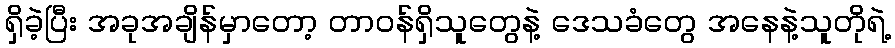
ရှိခဲ့ပြီး အခုအချိန်မှာတော့ တာဝန်ရှိသူတွေနဲ့ ဒေသခံတွေ အနေနဲ့သူတိုရဲ့